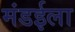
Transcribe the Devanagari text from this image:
मंडईला